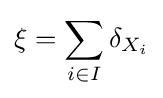
\xi =\sum _{i\in I}\delta _{X_{i}}